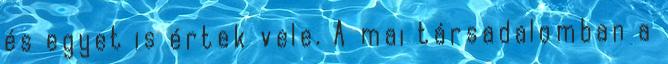
és egyet is értek vele. A mai társadalomban a